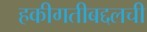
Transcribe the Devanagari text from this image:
हकीगतीबद्दलची